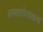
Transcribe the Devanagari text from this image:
अवतारोपासना